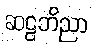
ဆဠဘိညာ